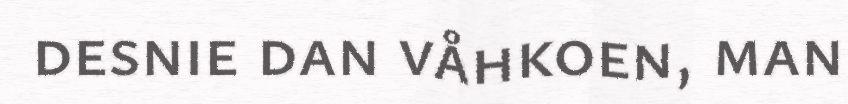
desnie dan våhkoen, man